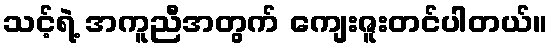
သင့်ရဲ့ အကူညီအတွက် ကျေးဇူးတင်ပါတယ်။